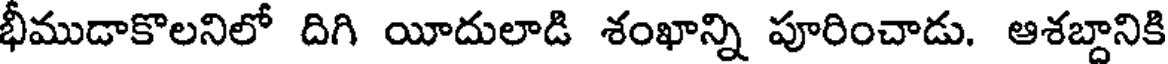
భీముడాకొలనిలో దిగి యీదులాడి శంఖాన్ని పూరించాడు. ఆశబ్దానికి